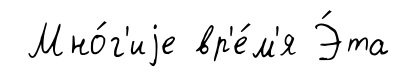
Мно́г'иjе вр'е́м'я Э́та